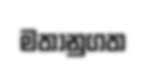
මතානුගත